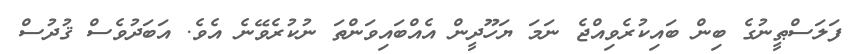
ފަލަސްޠީނުގެ ބިން ބައިކުރެވިއްޖެ ނަމަ ޔަހޫދީން އެއްބައިވަންތަ ނުކުރެވޭނެ އެވެ. އަބަދުވެސް ޤުދުސް